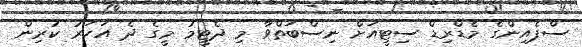
ސްޕެއިންގެ މެޑްރިޑް ސިޓީއަށް ނިސްބަތްވާ މި ދެޓީމު މީގެ ދެ އަހަރު ކުރިން